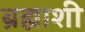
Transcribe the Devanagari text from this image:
ब्रह्माशी